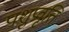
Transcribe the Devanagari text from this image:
पशुप्रवृत्ति